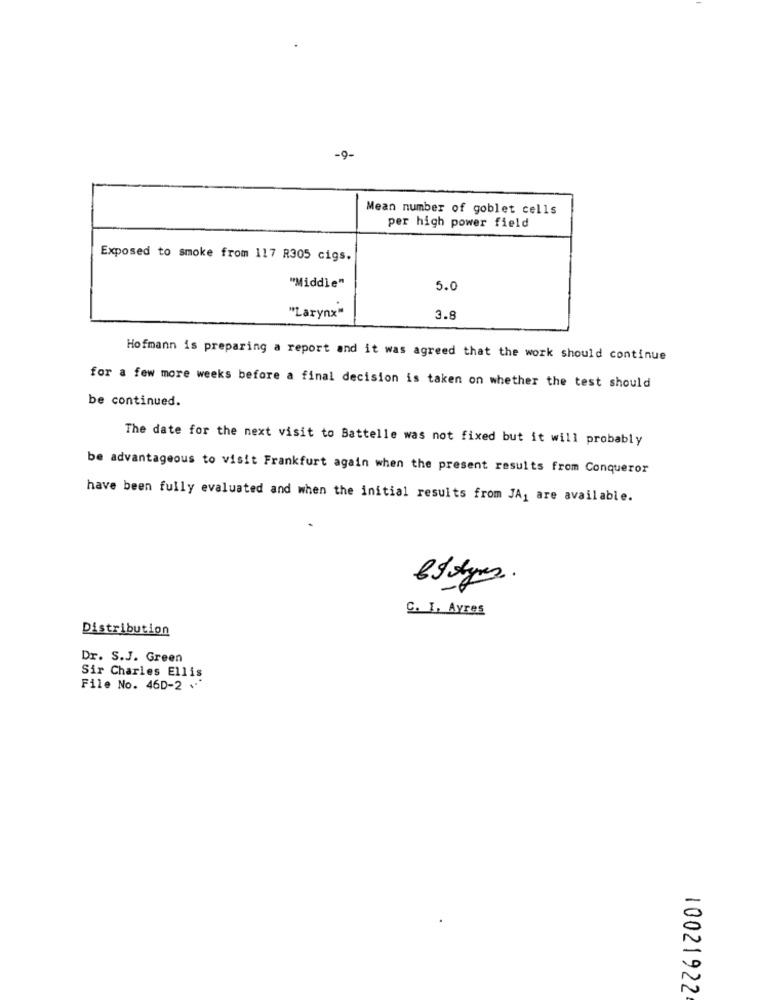
-9-
Mean number of goblet cells
per high power field
Exposed to smoke from 117 R305 cigs.
"Middle"
5.0
"Larynx"
3.8
Hofmann is preparing a report and it was agreed that the work should continue
for a few more weeks before a final decision is taken on whether the test should
be continued.
The date for the next visit to Battelle was not fixed but it will probably
be advantageous to visit Frankfurt again when the present results from Conqueror
have been fully evaluated and when the initial results from JA1 are available.
C. I. Avres
Distribution
Dr. S.J. Green
Sir Charles Ellis
File No. 46D-2 .
10021922